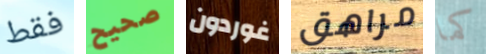
فقط صحيح غوردون مراهق كما